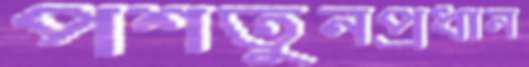
পশতুনপ্রধান